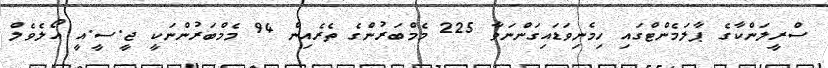
ސްރީލަންކާގެ ޕާލަމެންޓްގައި ހިމެނިވަޑައިގަންނަވާ 225 މެމްބަރުންގެ ތެރެއިން 94 މެމްބަރުންނަކީ ޖީ.ސީ.އީ އޯލެވެލް